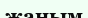
жаным